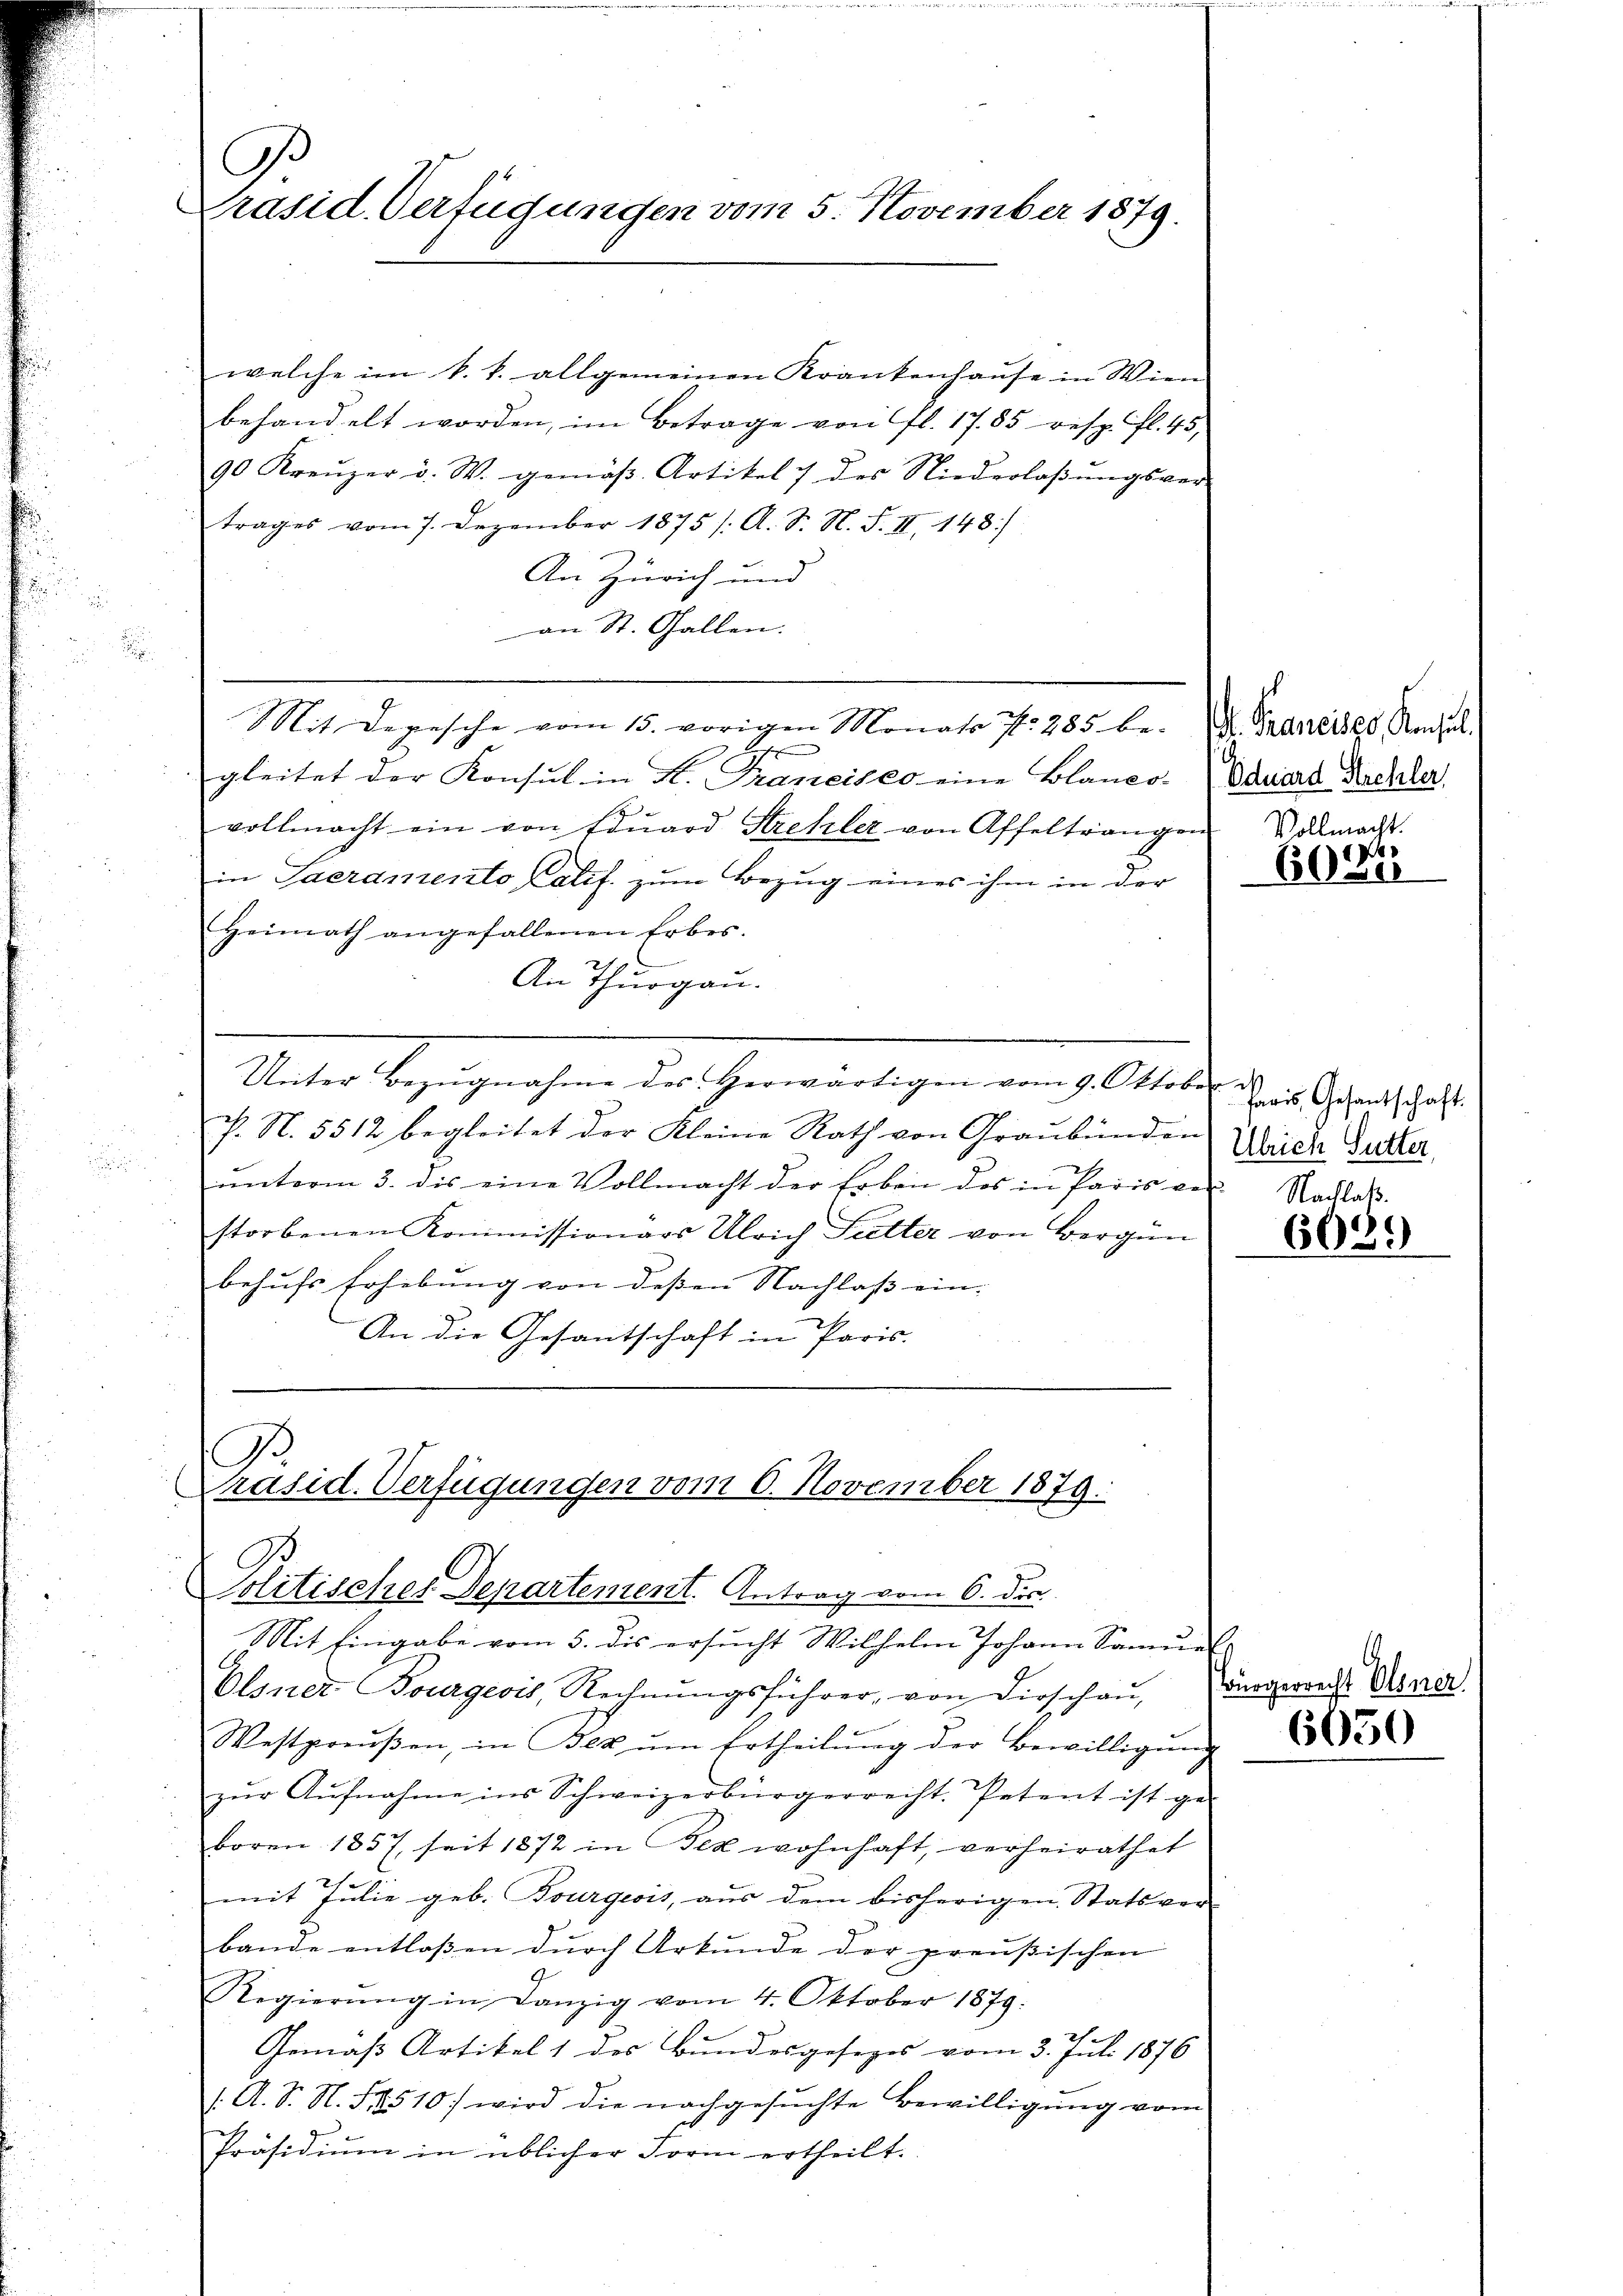
Präsid. Verfügungen vom 5. November 1879.

welche im k. k. allgemeinen Krankenhause in Wien
behandelt worden, im Betrage von fl. 1785 resp. Fl. 45,
90 Kreuzer v. W. gemäβ Artikel 7 des Niederlaβŭngsver-
trages vom 7. Dezember 1875 /. A. S. N. S. II, 148)
An Zürich und
an St. Gallen.
Mit Depesche vom 15. vorigen Monats Nr. 285. be- . Stadtrathes Rechal
2.
gleitet der Konsul in K. Franeises eine Blanco-
vollmacht ein von Edŭard Strehler von Affeltrangen
in Sacramento Palf. zum Bezug eines ihm in der
Heimath angefallenen Erbes.
An Thurgau.
Unter Bezŭgnahme des herwärtigen vom 9. Oktobe
J. N. 5512 begleitet der Kleine Rath von Graubünden Wehr Gutter,
unterm 3. dis eine Vollmacht der Erben des in Paris ver-
storbenen Kommissionars Ulrich Fietter von Bergün
behufs Erhebung von dessen Nachlass ein- |
An die Gesantschaft in Paris.

Olsner Bourgeois, Rechnŭngsführer, von Dirschaŭ,
Westpreŭβen, in Bek ŭm Ertheilŭng der Bewilligŭng
zŭr Aŭfnahme ins Schweizerbürgerrecht. Petent ist ge-
boren 1857 seit 1872 in Fez wohnhaft, verheirathet
mit Julie geb. Bourgeois, aus dem bisherigen Statsver-
bande entlassen durch Urkunde der preußischen
Regierŭng in Danzig vom 4. Oktober 1879.
Gemäß Artikel 1 des Bundesgesezes vom 3. Juli 1876
/. A. S. N. S. 510) wird die nachgesuchte Bewilligung vom
Präsidiŭm in üblicher Form ertheilt.

Präsid. Verfügungen vom 6. November 1879.
Solitisches Departement. Antrag vom 6. Dec.
Mit Eingabe vom 5. dies ersŭcht Wilhelm Johann Sammel

Eduard Strehler,

Vollmacht.
Ver
6030

Paris, Gesantschaft.

Nachlaß.
6089

Bürgerrecht Olsner.
6050